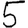
Digit: 5